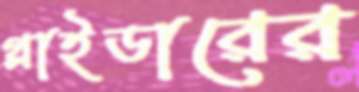
গ্লাইডারের